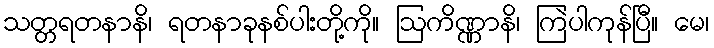
သတ္တရတနာနိ၊ ရတနာခုနစ်ပါးတို့ကို။ ဩကိဏ္ဏာနိ၊ ကြဲပါကုန်ပြီ။ မေ၊